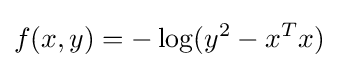
f(x,y)=-\log(y^{2}-x^{T}x)